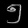
Digit: ၅